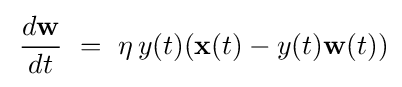
\,{\frac {d\mathbf {w} }{dt}}~=~\eta \,y(t)(\mathbf {x} (t)-y(t)\mathbf {w} (t))